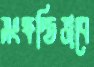
সংক্ষপ্তিভাবে